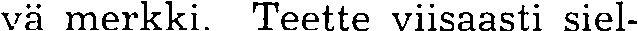
vä merkki. Teette viisaasti siel-